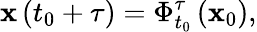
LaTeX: \mathbf{x}\left(t_{0}+\tau\right)=\Phi_{t_{0}}^{\tau}\left(\mathbf{x}_{0}\right),